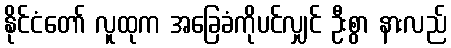
နိုင်ငံတော် လူထုက အခြေခံကိုပင်လျှင် ဦးစွာ နားလည်